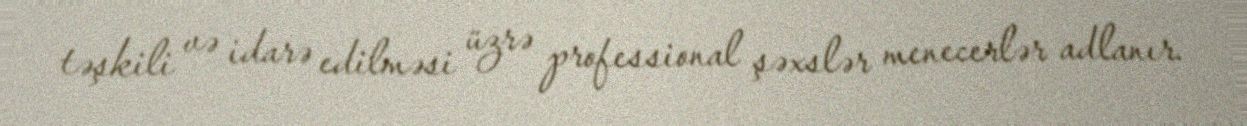
təşkili və idarə edilməsi üzrə professional şəxslər menecerlər adlanır.